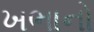
ખભાનો